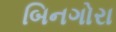
બિનગોરા